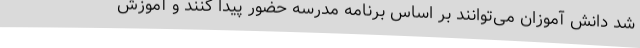
شد دانش آموزان می‌توانند بر اساس برنامه مدرسه حضور پیدا کنند و آموزش